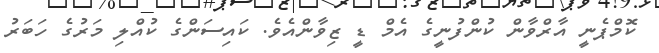
ކޮމްޕެނީ އާރްވާން ކުންފުނީގެ އެމް ޑީ ޒިވާންއެވެ. ކައިސަންގެ ކުއްލި މަރުގެ ހަބަރު